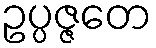
ဥပ္ပဇ္ဇတေ